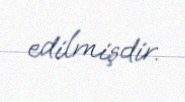
edilmişdir.